Vaccination United Provinces of Agra and Oudh 1902-1913 - 1902-1913
Year: 1902
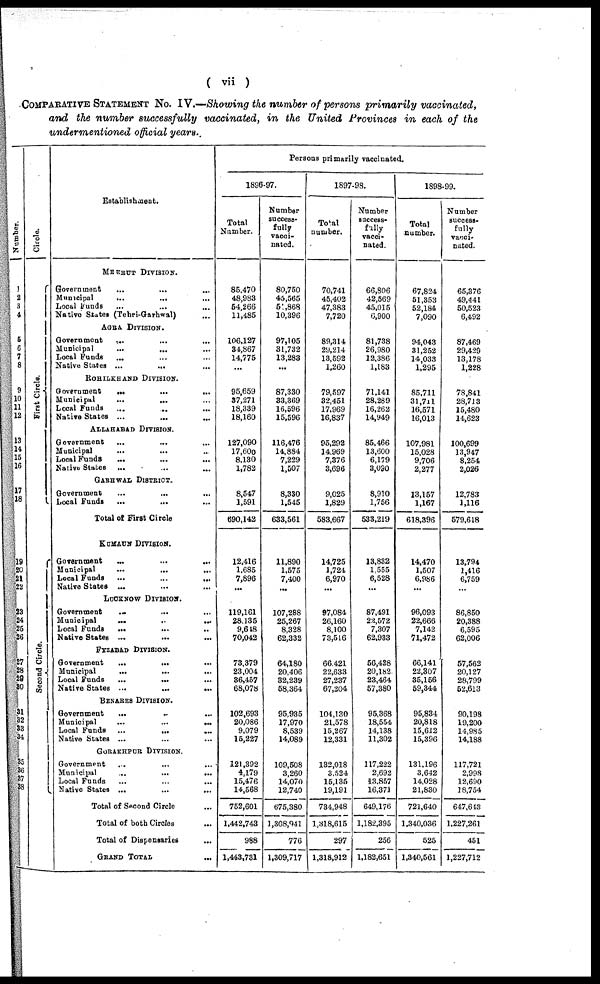
( vii )
COMPARATIVE STATEMENT No. IV.—Showing the number of persons primarily vaccinated,
and the number successfully vaccinated, in the United Provinces in each of the
undermentioned official years.
Number.
1
2
3
4
5
6
7
8
9
10
11
12
13
14
15
16
17
18
19
20
21
22
23
24
25
26
27
28
29
30
31
32
33
34
35
36
37
38
Circle.
First Circle.
Second Circle.
Establishment.
MEERUT DIVISION.
Government
...
...
...
Municipal
...
...
...
Local Funds ... ... ...
Native States (Tehri-Garhwal) ...
AGRA DIVISION.
Government
...
...
...
Municipal ... ... ...
Local Funds ... ... ...
Native States ... ... ...
ROHILKHAND DIVISION.
Government
...
...
...
Municipal
...
... ...
Local Funds ... ... ...
Native States ...
...
...
ALLAHABAD DIVISION.
Government
... ... ...
Municipal
... ... ...
Local Funds
...
...
...
Native States ... ... ...
GARHWAL DISTRICT.
Government
...
...
...
Local Funds
...
...
...
Total of First Circle
KUMAUN DIVISION.
Government
...
...
...
Municipal
...
...
...
Local Funds
...
...
...
Native States ... ... ...
LUCKNOW DIVISION.
Government ... ... ...
Municipal
...
...
...
Local Funds
...
... ...
Native States ...
... ...
FYZABAD DIVISION.
Government
...
... ...
Municipal
... ... ...
Local Funds
...
...
...
Native States ...
...
...
BENARES DIVISION.
Government
...
... ...
Municipal
...
...
...
Local Funds ...
...
...
Native States ... ... ...
GORAKHPUR DIVISION.
Government ... ...
Municipal
...
...
...
Local Funds ... ...
Native States ... ... ...
Total of Second Circle ...
Total of both Circles ...
Total of Dispensaries ...
GRAND TOTAL ...
Persons primarily vaccinated.
1896-97.
Total
Number.
85,470
48,983
54,266
11,485
106,127
34,867
14,775
...
95,659
37,271
18,339
18,160
127,090
17,600
8,130
1,782
8,547
1,591
690,142
12,416
1,685
7,896
...
119,161
28,135
9,648
70,042
73,379
23,004
36,457
68,078
102,693
20,086
9,079
15,227
121,392
4,179
15,476
14,568
752,601
1,442,743
988
1,443,731
Number
success-
fully
vacci-
nated.
80,750
45,565
51,868
10,396
97,105
31,732
13,283
...
87,330
33,369
16,596
15,596
116,476
14,884
7,229
1,507
8,330
1,545
633,561
11,890
1,575
7,400
...
107,288
25,267
8,328
62,332
64,180
20,406
32,239
58,364
95,935
17,970
8,539
14,089
109,508
3,260
14,070
12,740
675,380
1,308,941
776
1,309,717
1897-98.
Total
number.
70,741
45,402
47,383
7,720
89,314
29,214
13,592
1,260
79,597
32,451
17,969
16,837
95,292
14,969
7,376
3,696
9,025
1,829
583,667
14,725
1,724
6,970
...
97,084
26,160
8,100
73,516
66,421
22,633
27,237
67,204
104,130
21,578
15,267
12,331
132,018
3,524
15,135
19,191
734,948
1,318,615
297
1,318,912
Number
success¬
fully
vacci-
nated.
66,806
42,569
45,015
6,900
81,738
26,980
12,386
1,183
71,141
28,289
16,262
14,949
85,466
13,600
6,179
3,090
8,910
1,756
533,219
13,832
1,555
6,528
...
87,491
22,572
7,307
62,933
56,428
20,182
23,464
57,380
95,368
18,554
14,138
11,302
117,222
2,692
13,857
16,371
649,176
1,182,395
256
1,182,651
1898-99.
Total
number.
67,824
51,353
52,184
7,090
94,043
31,252
14,033
1,295
85,711
31,711
16,571
16,013
107,981
15,028
9,706
2,277
13,157
1,167
618,396
14,470
1,507
6,986
...
96,093
22,666
7,142
71,472
66,141
22,307
35,156
59,344
95,834
20,818
15,612
15,396
131,196
3,642
14,028
21,830
721,640
1,340,036
525
1,340,561
Number
success¬
fully
vacci¬
nated.
65,376
49,441
50,523
6,492
87,469
29,429
13,178
1,228
78,841
28,713
15,480
14,623
100,699
13,947
8,254
2,026
12,783
1,116
579,618
13,794
1,416
6,759
...
86,850
20,388
6,595
62,006
57,562
20,127
28,799
52,613
90,198
19,200
14,985
14,188
117,721
2,998
12,690
18,754
647,643
1,227,261
451
1,227,712